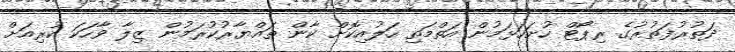
ދަތުރުފަތުރުގެ ރިޕޯޓް ހުށަހަޅަމުން އަތްމަތި ހަލުއިކޮށް ކާން ތައްޔާރުކުރަމުން ޒިލާ ވާހަކަ ކުރިއަށް